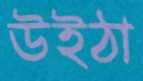
উইঠা